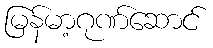
မြန်မာ့ဂုဏ်ဆောင်